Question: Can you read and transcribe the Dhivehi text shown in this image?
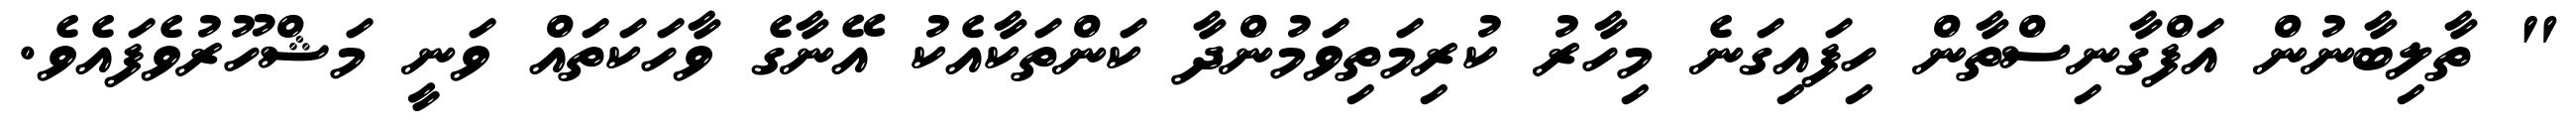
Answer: " ތާލިބާނުން އަފްގާނިސްތާން ހިފައިގަނެ މިހާރު ކުރިމަތިވަމުންދާ ކަންތަކާއެކު އޭނާގެ ވާހަކަތައް ވަނީ މަޝްހޫރުވެފައެވެ.